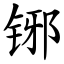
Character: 铘